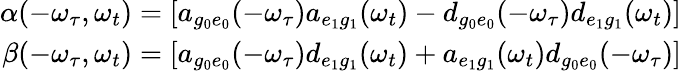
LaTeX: \begin{array}{r}{\alpha(-\omega_{\tau},\omega_{t})=[a_{g_{0}e_{0}}(-\omega_{\tau})a_{e_{1}g_{1}}(\omega_{t})-d_{g_{0}e_{0}}(-\omega_{\tau})d_{e_{1}g_{1}}(\omega_{t})]}\\ {\beta(-\omega_{\tau},\omega_{t})=[a_{g_{0}e_{0}}(-\omega_{\tau})d_{e_{1}g_{1}}(\omega_{t})+a_{e_{1}g_{1}}(\omega_{t})d_{g_{0}e_{0}}(-\omega_{\tau})]}\end{array}